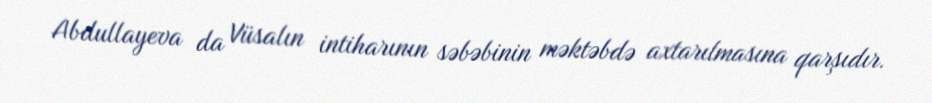
Abdullayeva da Vüsalın intiharının səbəbinin məktəbdə axtarılmasına qarşıdır.